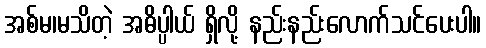
အစ်မ၊မသိတဲ့ အဓိပ္ပါယ် ရှိလို့ နည်းနည်းလောက်သင်ပေးပါ။